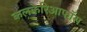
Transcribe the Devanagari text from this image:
कलकेरिआफॉस